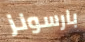
بارسونز